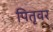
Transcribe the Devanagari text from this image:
पितृवर